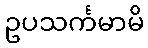
ဥပသင်္ကမာမိ